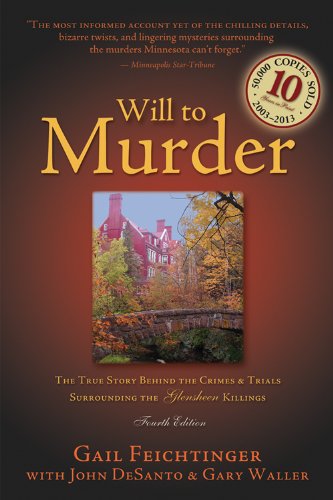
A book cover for Will to Murder: The True Story Behind the Crimes and Trials Surrounding the Glensheen Killings; Gail Feichtinger; Biographies & Memoirs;